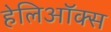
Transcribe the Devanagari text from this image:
हेलिऑक्स